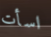
اسأت